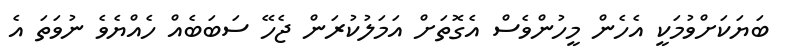
ބަޔަކަށްވުމަކީ އެހެން މީހުންވެސް އެގޮތަށް އަމަލުކުރަން ޖެހޭ ސަބަބެއް ހެއްޔެވެ ނުވަތަ އެ